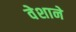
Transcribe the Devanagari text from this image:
वेशाने